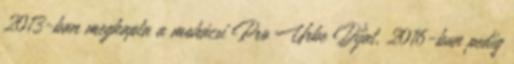
2013-ban megkapta a mohácsi Pro Urbe Díjat, 2016-ban pedig